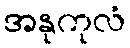
အနုကုလံ